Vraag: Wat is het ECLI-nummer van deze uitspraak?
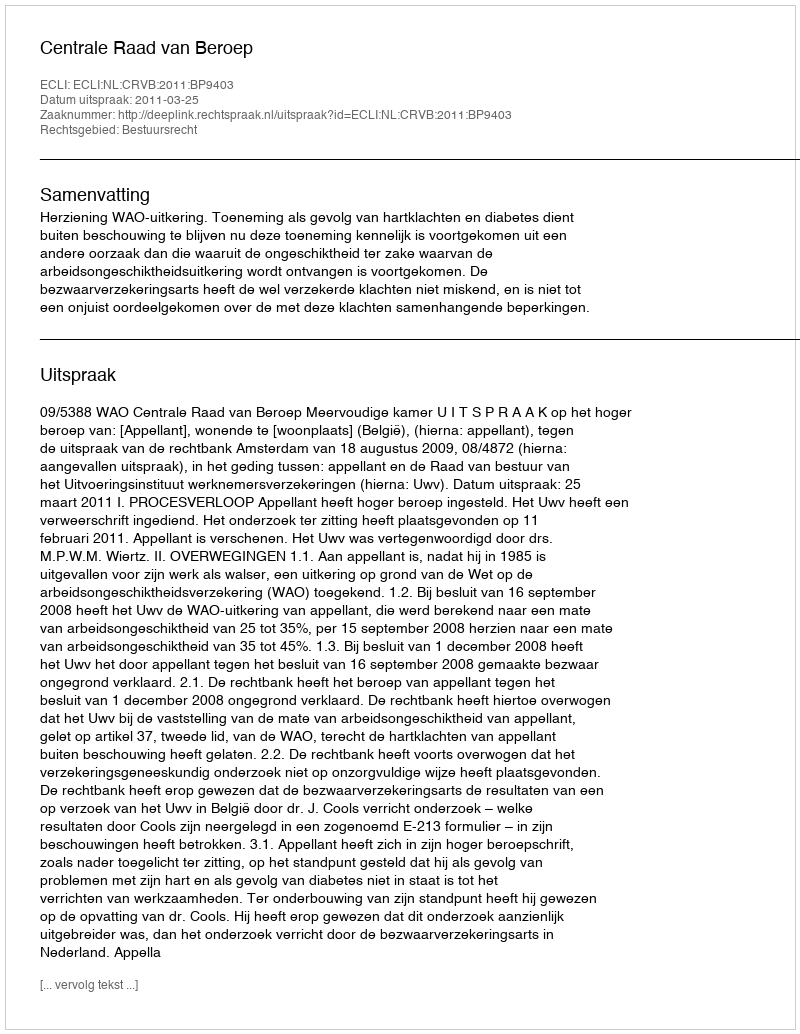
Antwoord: ECLI:NL:CRVB:2011:BP9403